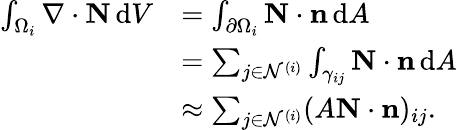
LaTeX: \begin{array}{rl}{\int_{\Omega_{i}}\nabla\cdot\mathbf N\, \mathrm{d}V}&{=\int_{\partial\Omega_{i}}\mathbf N\cdot\mathbf n\, \mathrm{d}A}\\ &{=\sum_{j\in\mathcal N^{(i)}}\int_{\gamma_{ij}}\mathbf N\cdot\mathbf n\, \mathrm{d}A}\\ &{\approx\sum_{j\in\mathcal N^{(i)}}(A\mathbf N\cdot\mathbf n)_{ij}.}\end{array}